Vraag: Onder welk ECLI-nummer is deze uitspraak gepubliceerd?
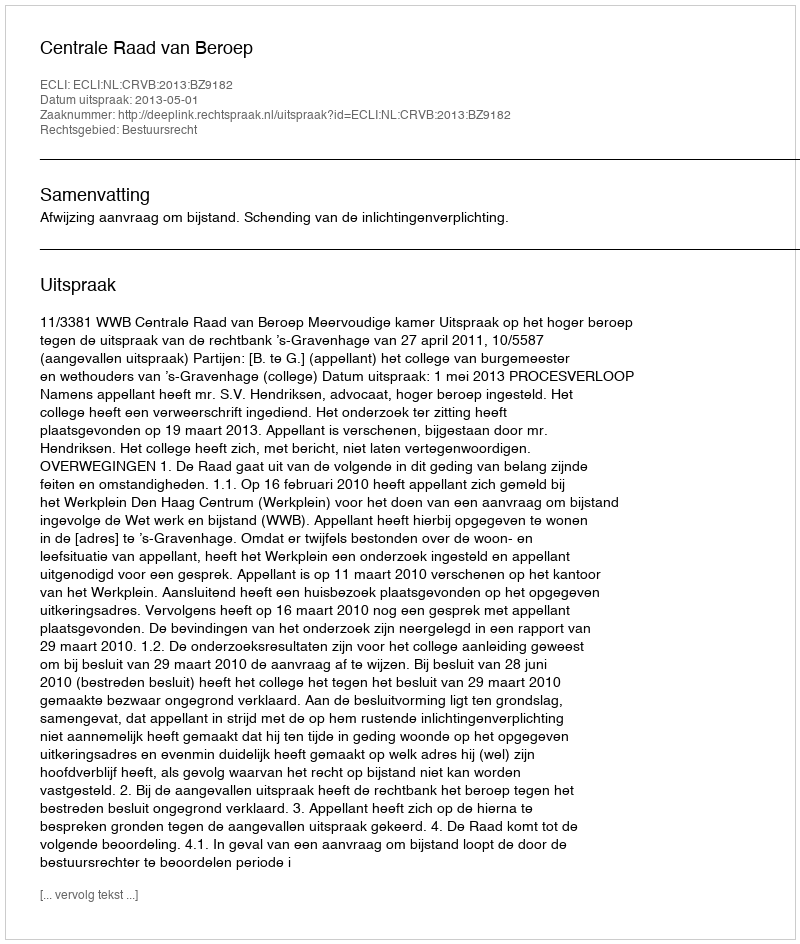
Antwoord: ECLI:NL:CRVB:2013:BZ9182